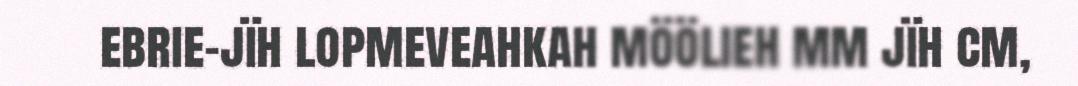
ebrie-jïh lopmeveahkah möölieh mm jïh cm,